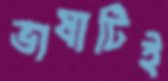
ভাষাটিই